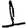
Digit: 1